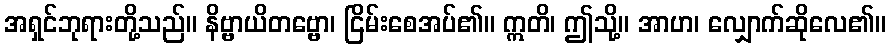
အရှင်ဘုရားတို့သည်။ နိဗ္ဗာယိတဗ္ဗော၊ ငြိမ်းစေအပ်၏။ ဣတိ၊ ဤသို့။ အာဟ၊ လျှောက်ဆိုလေ၏။